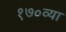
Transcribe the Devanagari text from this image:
१७०व्या